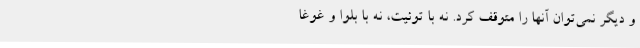
و دیگر نمی‌توان آنها را متوقف کرد. نه با توئیت، نه با بلوا و غوغا